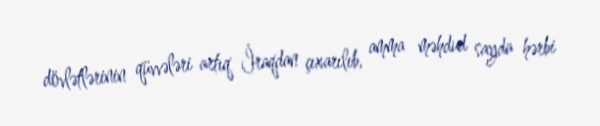
dövlətlərinin qüvvələri artıq İraqdan çıxarılıb, amma məhdud sayda hərbi